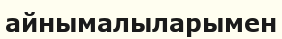
айнымалыларымен